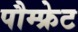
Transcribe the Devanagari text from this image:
पौम्‍फ्रेट